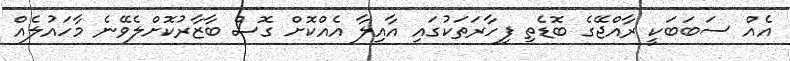
އެއް ސަބަބަކީ ރާއްޖޭގެ ބޮޑެތި ފިހާރަތަކުގައި އާއިލާ އެއްކޮށް ގޮސް ބާޒާރުކޮށްލެވޭނެ މާހައުލެއް